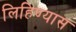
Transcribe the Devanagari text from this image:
लिहिण्‍यास